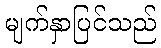
မျက်နှာပြင်သည်